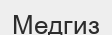
Медгиз